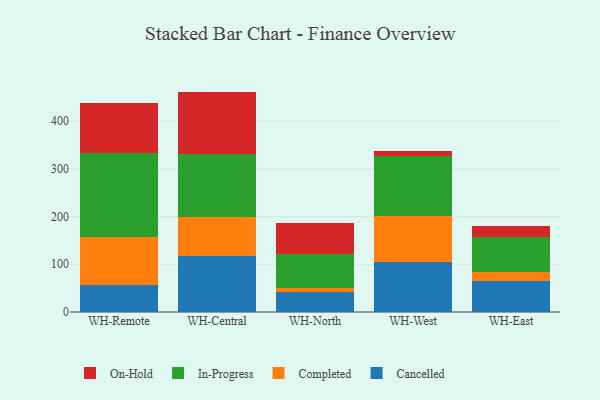
{"axis": {"x": "Warehouse", "y": "Shipments"}, "legend": ["Cancelled", "Completed", "In-Progress", "On-Hold"], "data": [{"x": "WH-Remote", "y": 56.7, "type": "Cancelled"}, {"x": "WH-Remote", "y": 101.5, "type": "Completed"}, {"x": "WH-Remote", "y": 174.9, "type": "In-Progress"}, {"x": "WH-Remote", "y": 104.8, "type": "On-Hold"}, {"x": "WH-Central", "y": 117.0, "type": "Cancelled"}, {"x": "WH-Central", "y": 81.5, "type": "Completed"}, {"x": "WH-Central", "y": 133.2, "type": "In-Progress"}, {"x": "WH-Central", "y": 130.1, "type": "On-Hold"}, {"x": "WH-North", "y": 42.5, "type": "Cancelled"}, {"x": "WH-North", "y": 6.9, "type": "Completed"}, {"x": "WH-North", "y": 72.5, "type": "In-Progress"}, {"x": "WH-North", "y": 65.1, "type": "On-Hold"}, {"x": "WH-West", "y": 104.4, "type": "Cancelled"}, {"x": "WH-West", "y": 97.4, "type": "Completed"}, {"x": "WH-West", "y": 124.5, "type": "In-Progress"}, {"x": "WH-West", "y": 11.7, "type": "On-Hold"}, {"x": "WH-East", "y": 65.4, "type": "Cancelled"}, {"x": "WH-East", "y": 17.8, "type": "Completed"}, {"x": "WH-East", "y": 73.3, "type": "In-Progress"}, {"x": "WH-East", "y": 23.9, "type": "On-Hold"}]}